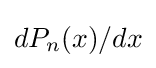
dP_{n}(x)/dx